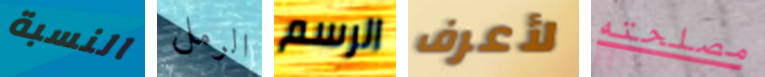
النسبة الرمل الرسم لأعرف مصلحته